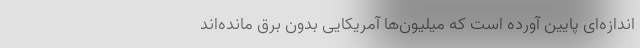
اندازه‌ای پایین آورده است که میلیون‌ها آمریکایی بدون برق مانده‌اند